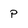
Character: p